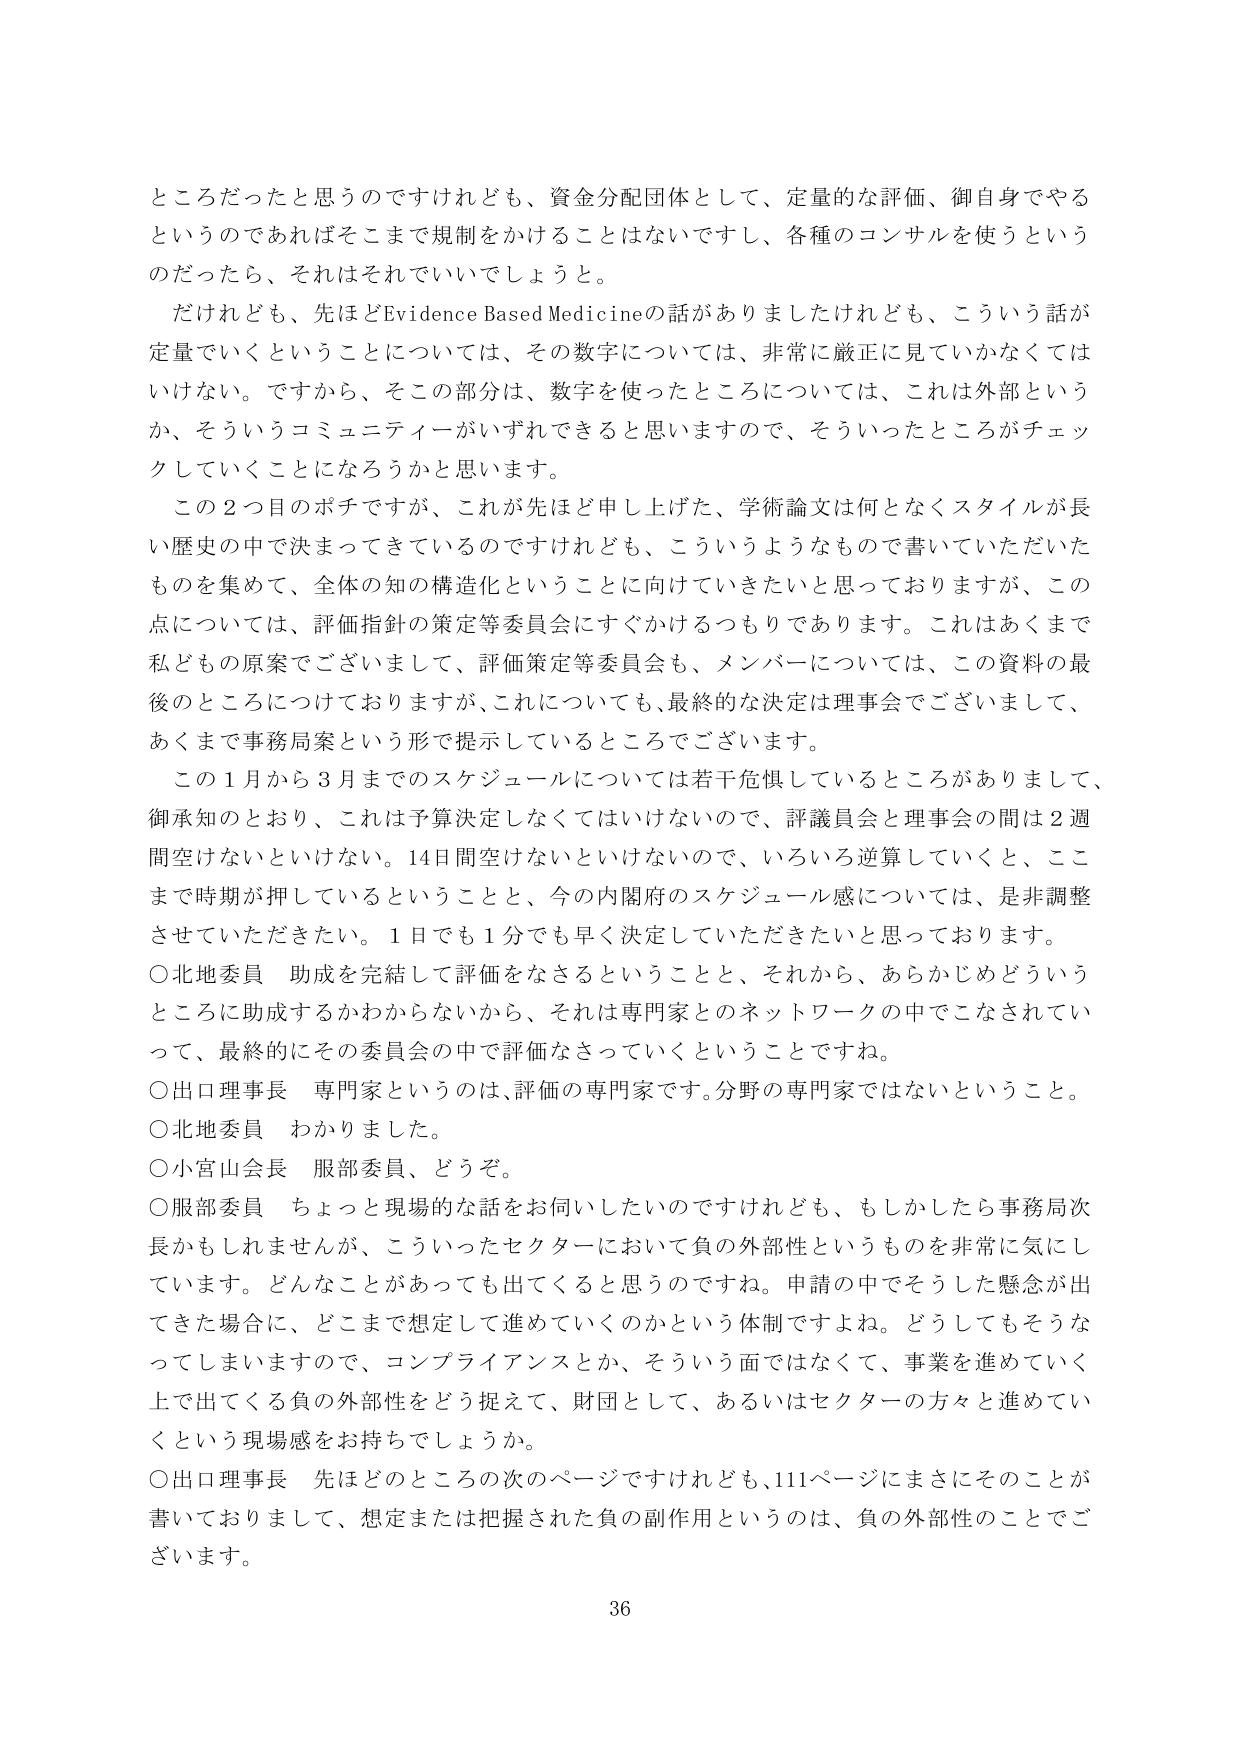
ところだったと思うのですけれども、資金分配団体として、定量的な評価、御自身でやるというのであればそこまで規制をかけることはないですし、各種のコンサルを使うというのだったら、それはそれでいいでしょうと。

だけれども、先ほどEvidence Based Medicineの話がありましたけれども、こういう話が定量でいくということについては、その数字については、非常に厳正に見ていかなくてはいけない。ですから、そこの部分は、数字を使ったところについては、これは外部というか、そういうコミュニティがいずれできると思いますので、そういったところがチェックしていくことになろうかと思います。

この２つ目のポチですが、これが先ほど申し上げた、学術論文は何となくスタイルが長い歴史の中で決まってきているのですけれども、こういうようなもので書いていただいたものを集めて、全体の知の構造化ということに向けていきたいと思っておりますが、この点については、評価指針の策定等委員会にすぐかけるつもりであります。これはあくまで私どもの原案でございまして、評価策定等委員会も、メンバーについては、この資料の最後のところについておりますが、これについても、最終的な決定は理事会でございまして、あくまで事務局案という形で提示しているところでございます。

この１月から３月までのスケジュールについては若干危惧しているところがありまして、御承知のとおり、これは予算決定しなくてはいけないので、評議員会と理事会の間は２週間空けないといけない。14日間空けないといけないので、いろいろ逆算していくと、ここまで時期が押しているということと、今の内閣府のスケジュール感については、是非調整させていただきたい。１日でも１分でも早く決定していただきたいと思っております。

○北地委員　助成を完結して評価をなさるということと、それから、あらかじめどういうところに助成するかわからないから、それは専門家とのネットワークの中でこなされていって、最終的にその委員会の中で評価なさっていくということですね。

○出口理事長　専門家というのは、評価の専門家です。分野の専門家ではないということ。

○北地委員　わかりました。

○小宮山会長　服部委員、どうぞ。

○服部委員　ちょっと現場的な話をお伺いしたいのですけれども、もしかしたら事務局次長かもしれませんが、こういったセクターにおいて負の外部性というものを非常に気にしています。どんなことがあっても出てくると思うのですね。申請の中でそうした懸念が出てきた場合に、どこまで想定して進めていくのかという体制ですよね。どうしてもそうなってしましますので、コンプライアンスとか、そういう面ではなくて、事業を進めていく上で出てくる負の外部性をどう捉えて、財団として、あるいはセクターの方々と進めていくという現場感をお持ちでしょうか。

○出口理事長　先ほどのところの次のページですけれども、111ページにまさにそのことが書いておりまして、想定または把握された負の副作用というのは、負の外部性のことでございます。

36